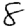
Digit: 8